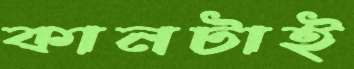
কানটাই